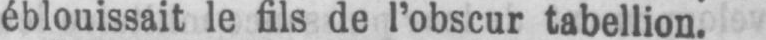
éblouissait le fils de l’obscur tabellion.